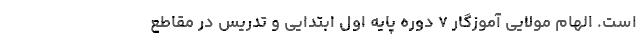
است. الهام مولایی آموزگار ۷ دوره پایه اول ابتدایی و تدریس در مقاطع